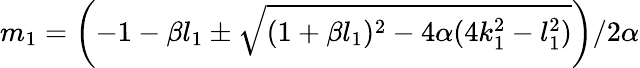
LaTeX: m_{1}=\left({-1-\beta l_{1}\pm\sqrt{(1+\beta l_{1})^{2}-4\alpha(4k_{1}^{2}-l_{1}^{2})}}\right)/{2\alpha}